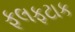
ફૂલફટાક